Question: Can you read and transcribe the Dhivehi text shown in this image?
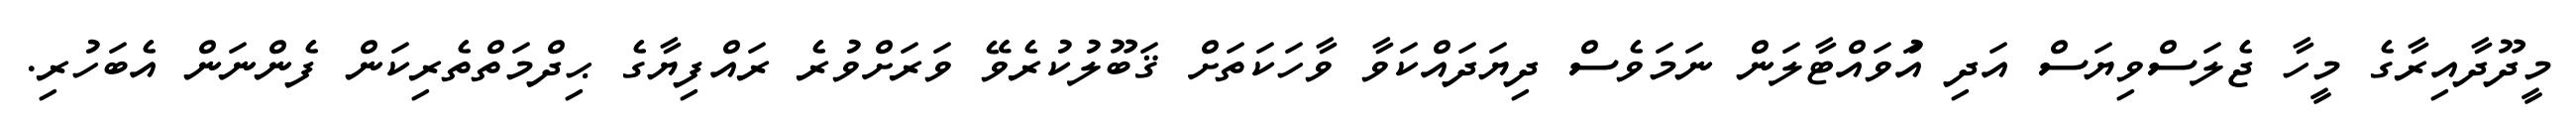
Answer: މީދޫދާއިރާގެ މީހާ ޖެލަސްވިޔަސް އަދި އަުވައްޓާލަން ނަމަވެސް ދިޔަދައްކަވާ ވާހަކަތަށް ޤަބޫލުކުރެވޭ ވަރަށްވުރެ ރައްފިޔާގެ ޙިދްމަތްތެރިކަން ފެންނަން އެބަހުރި.